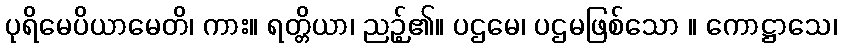
ပုရိမေပိယာမေတိ၊ ကား။ ရတ္တိယာ၊ ညဉ့်၏။ ပဌမေ၊ ပဌမဖြစ်သော ။ ကောဋ္ဌာသေ၊